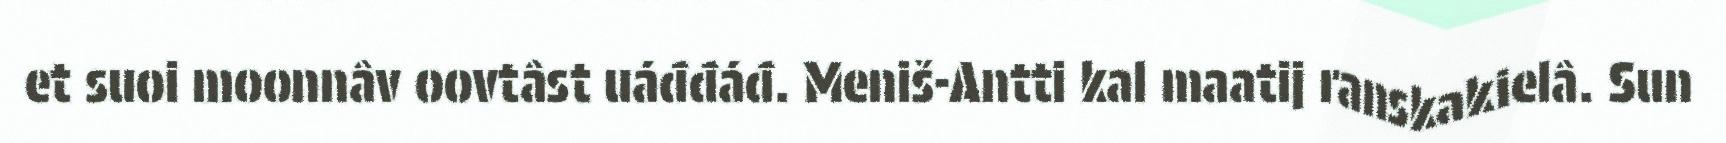
et suoi moonnâv oovtâst uáđđáđ. Meniš-Antti kal maatij ranskakielâ. Sun